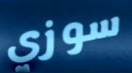
سوزي